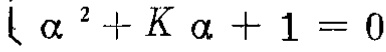
\(\alpha^{2}+K\alpha + 1 = 0\)